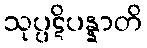
သုပ္ပဋိပန္နာတိ